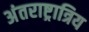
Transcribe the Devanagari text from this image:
अंतराष्ट्रात्रिय